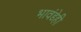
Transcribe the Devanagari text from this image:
भावंडेही